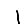
Digit: 1